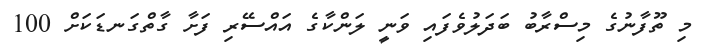
މި ތޫފާނުގެ މިސްރާބު ބަދަލުވެފައި ވަނީ ލަންކާގެ އައްސޭރި ފަށާ ގާތްގަނޑަކަށް 100